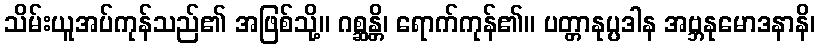
သိမ်းယူအပ်ကုန်သည်၏ အဖြစ်သို့။ ဂစ္ဆန္တိ၊ ရောက်ကုန်၏။ ပတ္တာနုပ္ပဒါန အဗ္ဘနုမောဒနာနိ၊